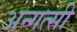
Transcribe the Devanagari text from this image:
अन्गत्सी